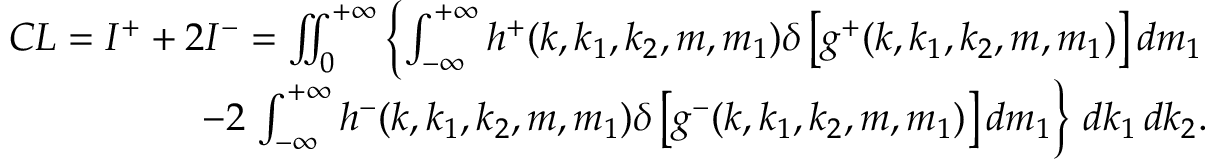
\begin{array} { r } { C L = I ^ { + } + 2 I ^ { - } = \iint _ { 0 } \displaylimits ^ { + \infty } \left\{ \int \displaylimits _ { - \infty } ^ { + \infty } h ^ { + } ( k , k _ { 1 } , k _ { 2 } , m , m _ { 1 } ) \delta \left[ g ^ { + } ( k , k _ { 1 } , k _ { 2 } , m , m _ { 1 } ) \right] d m _ { 1 } \right. } \\ { - 2 \left. \int \displaylimits _ { - \infty } ^ { + \infty } h ^ { - } ( k , k _ { 1 } , k _ { 2 } , m , m _ { 1 } ) \delta \left[ g ^ { - } ( k , k _ { 1 } , k _ { 2 } , m , m _ { 1 } ) \right] d m _ { 1 } \right\} \, d k _ { 1 } \, d k _ { 2 } . } \end{array}